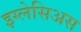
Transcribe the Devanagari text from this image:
इग्लेसिअस